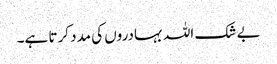
بے شک اللہ بہادروں کی مدد کرتا ہے۔